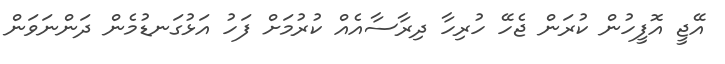
އޭޖީ އޮފީހުން ކުރަން ޖެހޭ ހުރިހާ ދިރާސާއެއް ކުރުމަށް ފަހު އަޅުގަނޑުމެން ދަންނަވަން